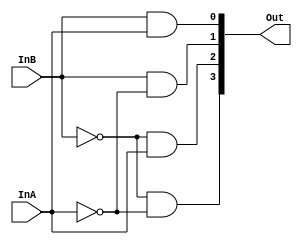
module decoder2_4(Out, InA, InB);

	output [3:0] Out;
	input InA, InB;
	
	assign Out[3] = (~InB) & (~InA);
	assign Out[2] = (~InB) & (InA);
	assign Out[1] = (InB) & (~InA);
	assign Out[0] = (InB) & (InA);
	
	
	
endmodule